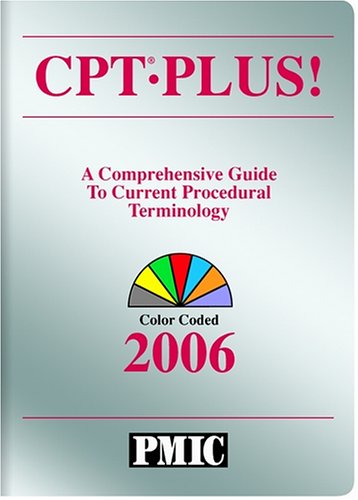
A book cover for CPT PLUS! 2006 (Current Procedural Terminology (CPT) Plus); Medical Books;